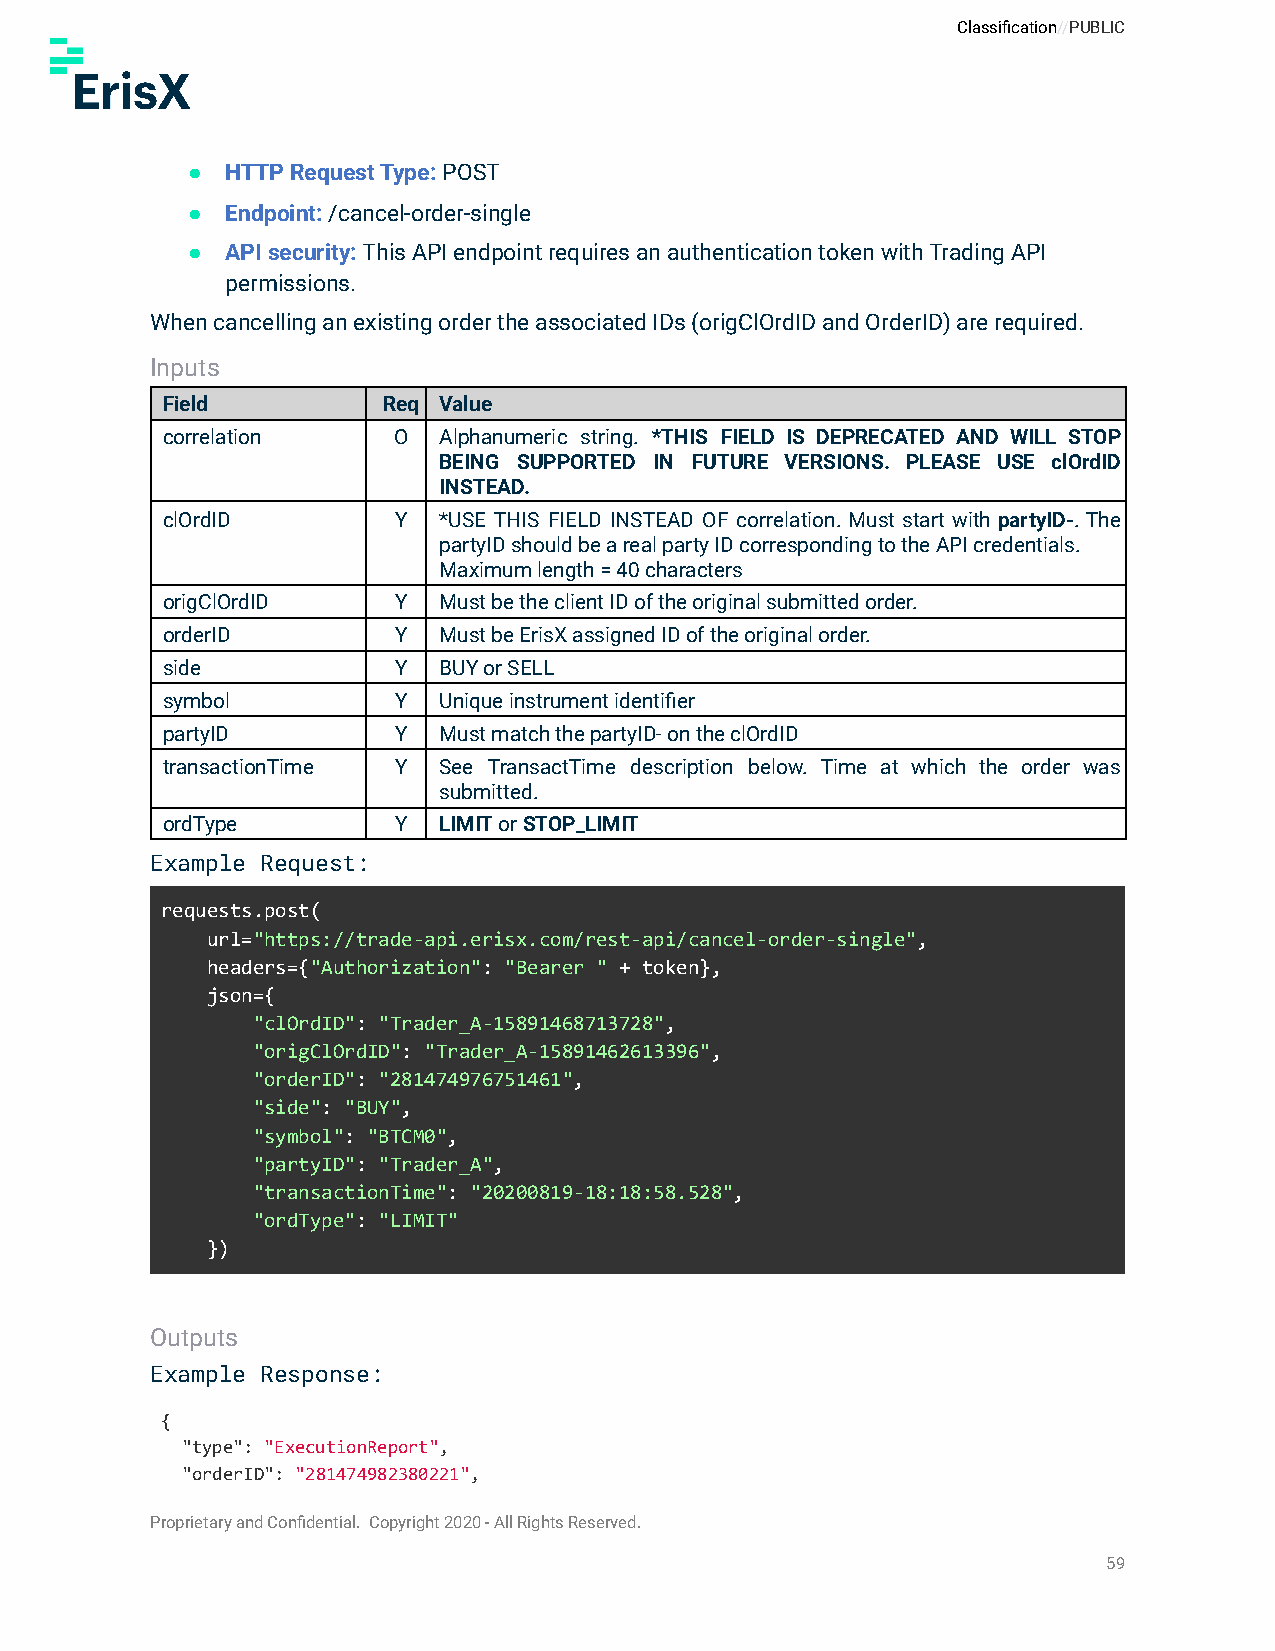
Classification//PUBLIC
 ●  HTTP Request Type: POST
 ●  Endpoint:/cancel-order-single
 ●  API security:This API endpoint requires an authenticationtoken with Trading API
 permissions.
 When cancelling an existing order the associated IDs (origClOrdID and OrderID) are required.
 Inputs
 Field         Req Value
 correlation    O  Alphanumeric string. *THIS FIELD IS DEPRECATED AND WILL STOP
 BEING SUPPORTED IN FUTURE VERSIONS. PLEASE USE clOrdID
 INSTEAD.
 clOrdID        Y  *USE THIS FIELD INSTEAD OF correlation. Must start with partyID-. The
 partyID should be a real party ID corresponding to the API credentials.
 Maximum length = 40 characters
 origClOrdID    Y  Must be the client ID of the original submitted order.
 orderID        Y  Must be ErisX assigned ID of the original order.
 side           Y  BUY or SELL
 symbol         Y  Unique instrument identifier
 partyID        Y  Must match the partyID- on the clOrdID
 transactionTime Y See TransactTime description below. Time at which the order was
 submitted.
 ordType        Y  LIMITorSTOP_LIMIT
 Example Request:
 requests.post(
 url="https://trade-api.erisx.com/rest-api/cancel-order-single",
 headers={"Authorization": "Bearer " + token},
 json={
 "clOrdID": "Trader_A-15891468713728",
 "origClOrdID": "Trader_A-15891462613396",
 "orderID": "281474976751461",
 "side": "BUY",
 "symbol": "BTCM0",
 "partyID": "Trader_A",
 "transactionTime": "20200819-18:18:58.528",
 "ordType": "LIMIT"
 })
 Outputs
 Example Response:
 {
 "type": "ExecutionReport",
 "orderID": "281474982380221",
 Proprietary and Confidential. Copyright 2020 - All Rights Reserved.
 59